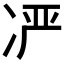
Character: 𫥍